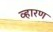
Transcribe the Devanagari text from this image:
व्हारण